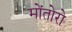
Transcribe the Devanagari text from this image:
मोंतोरो